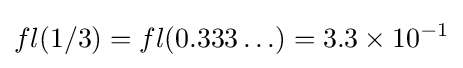
fl(1/3)=fl(0.333\ldots )=3.3\times 10^{-1}